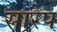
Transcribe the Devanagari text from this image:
सारेप